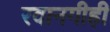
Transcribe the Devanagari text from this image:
रवानगीही